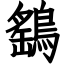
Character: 鷂